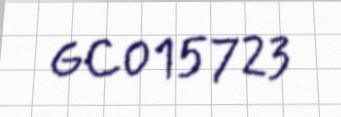
GC015723